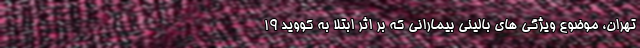
تهران، موضوع ویژگی های بالینی بیمارانی که بر اثر ابتلا به کووید ۱۹